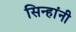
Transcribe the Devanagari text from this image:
सिन्हांनी